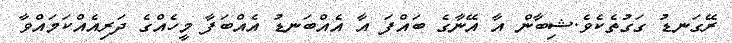
ރޭގަނޑު ގަގުތެކެވެ.ޝިބާން އާ އޭނާގެ ބައްފަަ އާ އެއްބަނޑު އެއްބަފާ މީހެއްގެ ދަރިއެއްކަމައްވާ